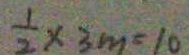
\frac { 1 } { 2 } \times 3 m = 1 0